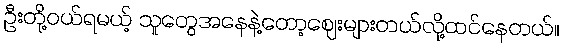
ဦးတို့ဝယ်ရမယ့် သူတွေအနေနဲ့တော့ဈေးများတယ်လို့ထင်နေတယ်။